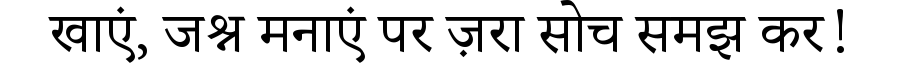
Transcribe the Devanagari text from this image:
खाएं, जश्न मनाएं पर ज़रा सोच समझ कर!